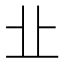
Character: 㐀